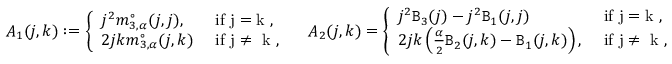
\begin{array} { r } { A _ { 1 } ( j , k ) : = \left\{ \begin{array} { l l } { j ^ { 2 } m _ { 3 , \alpha } ^ { \circ } ( j , j ) , } & { \mathrm { ~ i f ~ j = k ~ , } } \\ { 2 j k m _ { 3 , \alpha } ^ { \circ } ( j , k ) } & { \mathrm { ~ i f ~ j \ne ~ k ~ } , } \end{array} \right. \quad A _ { 2 } ( j , k ) = \left\{ \begin{array} { l l } { j ^ { 2 } \mathtt { B } _ { 3 } ( j ) - j ^ { 2 } \mathtt { B } _ { 1 } ( j , j ) } & { \mathrm { ~ i f ~ j = k ~ } , } \\ { 2 j k \left( \frac { \alpha } 2 \mathtt { B } _ { 2 } ( j , k ) - \mathtt { B } _ { 1 } ( j , k ) \right) , } & { \mathrm { ~ i f ~ j \ne ~ k ~ , } } \end{array} \right. } \end{array}